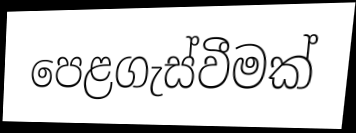
පෙළගැස්වීමක්